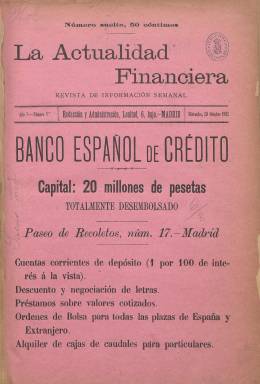
Título: La Actualidad financiera (Madrid)
Colección: Economía
Ámbito geográfico: Madrid
Lugar de publicación: Madrid
Fechas: 29/10/1902-15/07/1936

Publicación especializada semanal que se mantuvo muy estable y no dejó de salir desde su creación en 1902 hasta el inicio de la Guerra Civil. Como excepción, no se publicó en una ocasión el 10 de octubre de 1934 con motivo de la llamada Revolución de Octubre. Su paginación fue igualmente muy estable, oscilando entre las 8 y las 16 páginas, normalmente este último número sin contar las cubiertas.

    Con el subtítulo de Revista de información semanal, la sede de La Actualidad financiera estaba situada en la plaza de la Lealtad, el mismo lugar donde unos años antes se había inaugurado la Bolsa de Madrid. No es ninguna casualidad dado que la negociación de todo tipo de valores en las Bolsas nacionales y extranjeras era la información preferente que proporcionaba el semanario, que advertía no obstante que no aceptaba órdenes de Bolsa ni subvenciones.

  Sin embargo, la publicación sí hacía de intermediaria en la negociación dado que publicaba gratis las órdenes de compra y venta de valores de sus suscriptores y facilitaba su nombre y dirección a cualquier persona interesada en la oferta.

  Una de las secciones más características de la publicación era la titulada Balance semanal, que se publicaba en la portada y podía ocupar varias páginas. En ella se hacía un repaso a lo que había sido la actualidad internacional, con preferencia a la nacional, desde el punto de vista económico y financiero. La revista no solía entrar a fondo en cuestiones políticas, aunque no falten excepciones a esta línea editorial, con opiniones respecto a la actuación del Gobierno y los ministros responsables de los aspectos económicos y presupuestarios.

  Merece citarse en el primer número al comentario que hace respecto al deseo del joven Alfonso XIII de que España tuviera una potente armada naval. Bajo el epígrafe titulado ‘La escuadra’ puede leerse: ‘Vuelve a estar sobre el tapete la cuestión de construir una escuadra, y se da por seguro que la iniciativa de ello corresponde a S. M. el Rey. No nos extrañan esas aspiraciones, plausibles en el joven Monarca. Todos a los diez y seis años hemos soñado con batallas, abordajes, conquistas, etc.; lo que nos extraña es que los dos partidos monárquicos no hayan declarado ya que el país no está para esas bromas y que las Cortes no votarán un céntimo para construcción de barcos, mientras no esté hecho el catastro y la repoblación forestal, terminada la red de ferrocarriles secundarios y el plan de pantanos y riegos; mientras no reciban la instrucción primaria la totalidad de los españoles y se haya suprimido el vergonzoso ingreso de la Lotería y se haya reformado el impuesto de Consumos. Hecho todo esto, y con un superávit de 80 a 100 millones, podría, tal vez, pensarse en los barcos, y aun así, no todos opinarían por su construcción’.

  El semanario tenía una cubierta de color granate que no se conserva en la mayoría de los números que posee la BNE. En esta cubierta solían aparecer varios anuncios de publicidad, el principal de ellos generalmente correspondía a una entidad bancaria. La información estaba organizada en dos columnas y en conjunto pesaba más el contenido internacional.

  En lo que al contenido informativo nacional se refiere, es también interesante cómo una publicación como ésta, claramente incardinada en el sistema capitalista de producción, acogió el advenimiento de la II República. En su número de 22 de abril de 1931 publicó las primeras disposiciones del Gobierno provisional y la noticia de una entrevista de representantes de la banca con el ministro de Hacienda, Indalecio Prieto, en la que éste calmaba a los inversores garantizando el derecho de propiedad, después de que los depositantes hubieran retirado su dinero de una entidad bancaria de Málaga ante la eventualidad de que el Gobierno pudiera restringir la libre disposición de las cuentas corrientes.

[Descripción publicada el 17/9/2020]